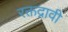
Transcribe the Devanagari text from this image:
रक्तद्रावी